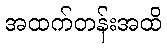
အထက်တန်းအထိ